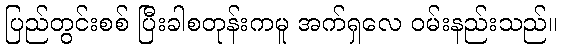
ပြည်တွင်းစစ် ပြီးခါစတုန်းကမူ အက်ရှလေ ဝမ်းနည်းသည်။